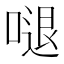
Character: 𠺙